Annual report of the Punjab Veterinary College and of the Civil Veterinary Department, Punjab - 1926-1932
Year: 1926
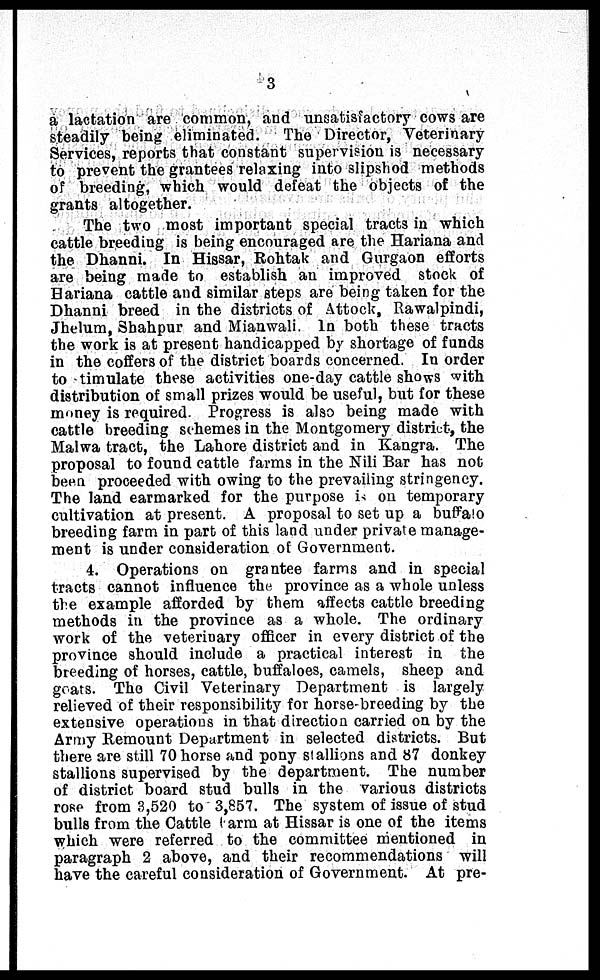
3
a lactation are common, and unsatisfactory cows are
steadily being eliminated. The Director, Veterinary
Services, reports that constant supervision is necessary
to prevent the grantees relaxing into slipshod methods
of breeding, which would defeat the objects of the
grants altogether.
The two most important special tracts in which
cattle breeding is being encouraged are the Hariana and
the Dhanni. In Hissar, Rohtak and Gurgaon efforts
are being made to establish an improved stock of
Hariana cattle and similar steps are being taken for the
Dhanni breed in the districts of Attock, Rawalpindi,
Jhelum, Shahpur and Mianwali. In both these tracts
the work is at present handicapped by shortage of funds
in the coffers of the district boards concerned. In order
to timulate these activities one-day cattle shows with
distribution of small prizes would be useful, but for these
money is required. Progress is also being made with
cattle breeding schemes in the Montgomery district, the
Malwa tract, the Lahore district and in Kangra. The
proposal to found cattle farms in the Nili Bar has not
been proceeded with owing to the prevailing stringency.
The land earmarked for the purpose is on temporary
cultivation at present. A proposal to set up a buffalo
breeding farm in part of this land under private manage-
ment is under consideration of Government.
4. Operations on grantee farms and in special
tracts cannot influence the province as a whole unless
the example afforded by them affects cattle breeding
methods in the province as a whole. The ordinary
work of the veterinary officer in every district of the
province should include a practical interest in the
breeding of horses, cattle, buffaloes, camels, sheep and
goats. The Civil Veterinary Department is largely
relieved of their responsibility for horse-breeding by the
extensive operations in that direction carried on by the
Army Remount Department in selected districts. But
there are still 70 horse and pony stallions and 87 donkey
stallions supervised by the department. The number
of district board stud bulls in the various districts
rose from 3,520 to 3,857. The system of issue of stud
bulls from the Cattle Farm at Hissar is one of the items
which were referred to the committee mentioned in
paragraph 2 above, and their recommendations will
have the careful consideration of Government. At pre-